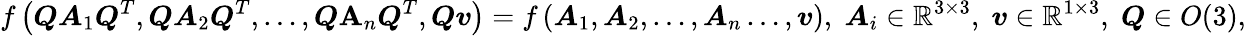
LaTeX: f\left(\boldsymbol{Q}\boldsymbol{A}_{1}\boldsymbol{Q}^{T},\boldsymbol{Q}\boldsymbol{A}_{2}\boldsymbol{Q}^{T},\ldots,\boldsymbol{Q}\mathbf{A}_{n}\boldsymbol{Q}^{T},\boldsymbol{Q}\boldsymbol{v}\right)=f\left(\boldsymbol{A}_{1},\boldsymbol{A}_{2},\ldots,\boldsymbol{A}_{n}\ldots,\boldsymbol{v}\right),\; \boldsymbol{A}_{i}\in\mathbb{R}^{3\times 3},\; \boldsymbol{v}\in\mathbb{R}^{1\times 3},\; \boldsymbol{Q}\in O(3),